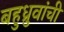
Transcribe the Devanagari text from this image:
बहुध्रुवांची